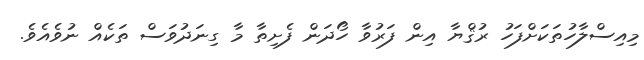
މިއިސްލާހުތަކަށްފަހު ރުޤްޔާ އިން ފަރުވާ ހޯދަން ފެށިތާ މާ ގިނަދުވަސް ތަކެއް ނުވެއެވެ.